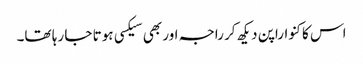
اس کا کنواراپن دیکھ کر راجہ اور بھی سیکسی ہوتا جا رہا تھا۔